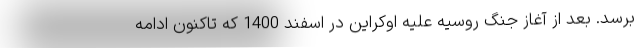
برسد. بعد از آغاز جنگ روسیه علیه اوکراین در اسفند 1400 که تاکنون ادامه